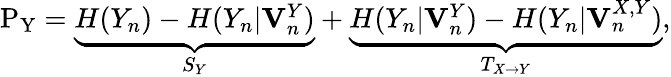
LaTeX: \begin{array}{r}{\mathrm{P_{Y}}=\underbrace{H(Y_{n})-H(Y_{n}|\mathbf{V}_{n}^{Y})}_{S_{Y}}+\underbrace{H(Y_{n}|\mathbf{V}_{n}^{Y})-H(Y_{n}|\mathbf{V}_{n}^{X,Y})}_{T_{X\rightarrow Y}},}\end{array}